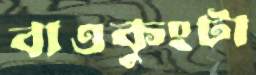
বাওকুংটা